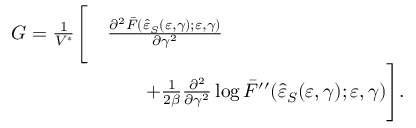
\begin{array} { r l } { G = \frac { 1 } { V ^ { \ast } } \Bigg [ } & { \frac { \partial ^ { 2 } \bar { F } ( \hat { \varepsilon } _ { S } ( \varepsilon , \gamma ) ; \varepsilon , \gamma ) } { \partial \gamma ^ { 2 } } } \\ & { \qquad + \frac { 1 } { 2 \beta } \frac { \partial ^ { 2 } } { \partial \gamma ^ { 2 } } \log { \bar { F } ^ { \prime \prime } ( \hat { \varepsilon } _ { S } ( \varepsilon , \gamma ) ; \varepsilon , \gamma ) } \Bigg ] . } \end{array}